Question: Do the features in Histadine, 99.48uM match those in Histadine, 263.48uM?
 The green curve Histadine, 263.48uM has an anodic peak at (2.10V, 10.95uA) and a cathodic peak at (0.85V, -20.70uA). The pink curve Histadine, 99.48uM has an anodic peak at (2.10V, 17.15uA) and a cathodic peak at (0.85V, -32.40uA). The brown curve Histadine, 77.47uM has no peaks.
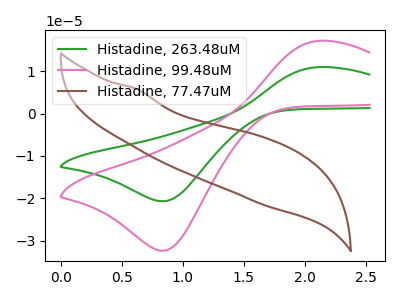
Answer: <think>All the peaks in "Histadine, 99.48uM" have a peak in "Histadine, 263.48uM" at the same potential. Every peak in "Histadine, 99.48uM" is higher than every peak in "Histadine, 263.48uM".
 </think>
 <answer>"Histadine, 99.48uM" and "Histadine, 263.48uM" are similar in shape.</answer>
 <eval>same_shape</eval>